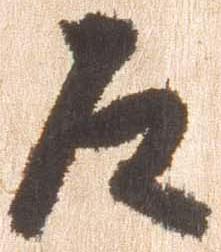
左